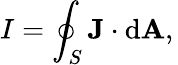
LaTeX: I=\oint_{S}\mathbf{J}\cdot\mathrm{{d}}\mathbf{A},\,